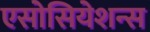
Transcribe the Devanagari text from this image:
एसोसियेशन्स